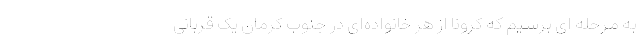
به مرحله ای برسیم که کرونا از هر خانواده‌ای در جنوب کرمان یک قربانی